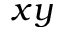
x y